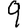
Digit: 9